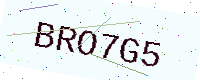
Text: BRO7G5